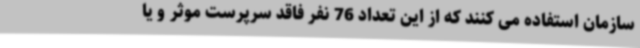
سازمان استفاده می کنند که از این تعداد 76 نفر فاقد سرپرست موثر و یا